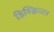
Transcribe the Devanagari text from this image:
डिस्क्रिप्टर